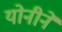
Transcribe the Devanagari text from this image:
योनीने